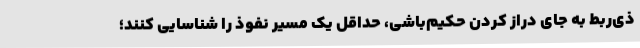
ذی‌ربط به جای دراز کردن حکیم‌باشی، حداقل یک مسیر نفوذ را شناسایی کنند؛